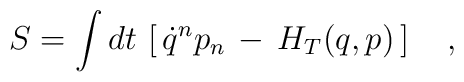
S=\int dt\,\left[\,\dot{q}^np_n\,-\,H_T(q,p)\,\right]\ \ \ ,